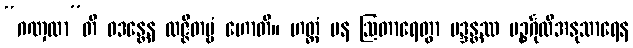
“ဂဏှထာ”တိ ဝဒန္တေန လဇ္ဇိတဗ္ဗံ ဟောတိ။ ဟတ္ထံ ပန ဩတာရေတွာ မဒ္ဒန္တဿ ပဉ္စင်္ဂုလိအနုသာရေန